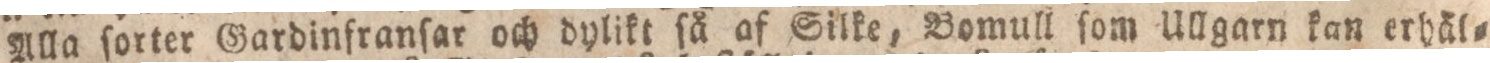
Alla ſorter Gardinfranſar och dylika ſå af Silke, Bomull ſom Ullgarn kan erhäl=